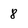
Character: 8